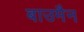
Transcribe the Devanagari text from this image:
बाउमैन